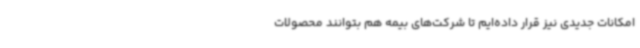
امکانات جدیدی نیز قرار داده‌ایم تا شرکت‌های بیمه هم بتوانند محصولات